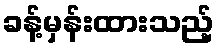
ခန့်မှန်းထားသည့်